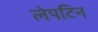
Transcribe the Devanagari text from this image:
लेपटिन